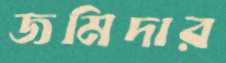
জমিদার